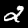
Digit: 2